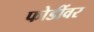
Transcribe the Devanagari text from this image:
फोडींवर